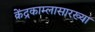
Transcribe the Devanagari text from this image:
केंद्रकाम्लासारख्या